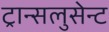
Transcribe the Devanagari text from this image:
ट्रान्सलुसेन्ट